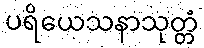
ပရိယေသနာသုတ္တံ